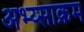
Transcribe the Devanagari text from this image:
अभ्य्साक्रम